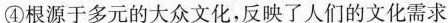
④根源于多元的大众文化，反映了人们的文化需求